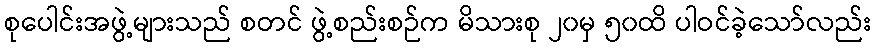
စုပေါင်းအဖွဲ့များသည် စတင် ဖွဲ့စည်းစဉ်က မိသားစု ၂၀မှ ၅၀ထိ ပါဝင်ခဲ့သော်လည်း